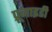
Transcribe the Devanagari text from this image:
प्रूनाइडी